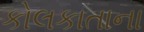
કોલકાતાના